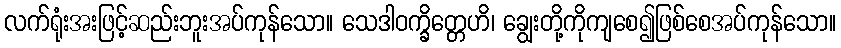
လက်ရုံးအးဖြင့်ဆည်းဘူးအပ်ကုန်သော။ သေဒါဝက္ခိတ္တေဟိ၊ ချွေးတို့ကိုကျစေ၍ဖြစ်စေအပ်ကုန်သော။